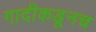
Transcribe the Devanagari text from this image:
गादीकडूनच